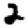
Digit: 2